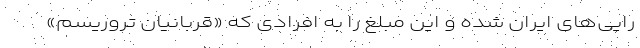
رایی‌های ایران شده و این مبلغ را به افرادی که «قربانیان تروریسم»